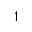
^ { 1 }